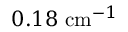
0 . 1 8 ~ \mathrm { c m } ^ { - 1 }